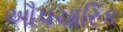
ઔપચારિક